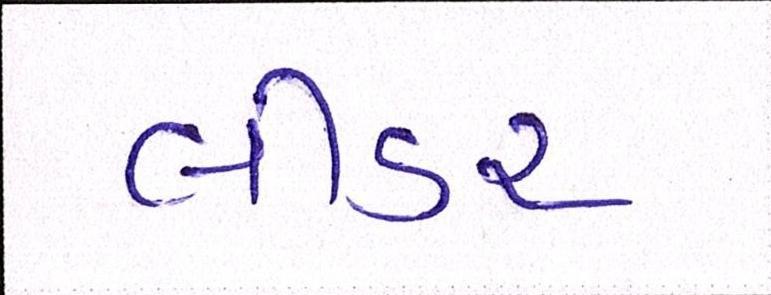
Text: લીડર